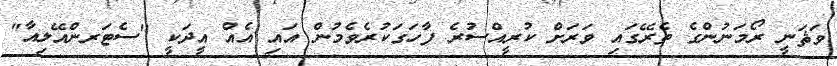
ވަޘަނީ ރޯމަނުންގެ ތެރޭގައި ވަރަށް ކުރީއްސުރެ ފާހަގަކުރެވެމުން އައި އެއް އީދަކީ "ސެޓަރންއޭލިއާ"